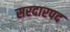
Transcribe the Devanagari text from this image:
सरदारपद